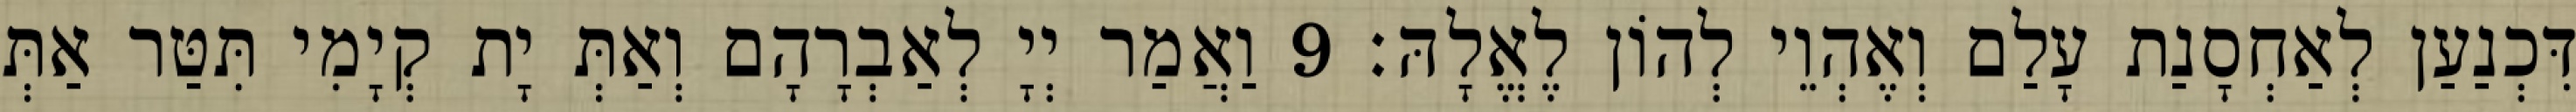
דִּכְנַעַן לְאַחְסָנַת עָלַם וְאֶהְוֵי לְהוֹן לֶאֱלָהּ׃ 9 וַאֲמַר יְיָ לְאַבְרָהָם וְאַתְּ יָת קְיָמִי תִּטַּר אַתְּ